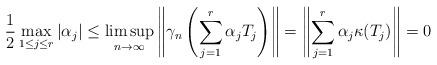
LaTeX: \begin{align*} \frac{1}{2}\max_{1\leq j\leq r}|\alpha_j|\leq \limsup_{n\to\infty}\left\|\gamma_n\left(\sum_{j=1}^r \alpha_j T_j \right)\right\|=\left\| \sum_{j=1}^r \alpha_j \kappa(T_j)\right\|=0\end{align*}